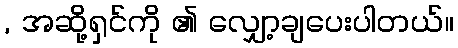
, အဆို့ရှင်ကို ၏ လျှော့ချပေးပါတယ်။